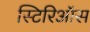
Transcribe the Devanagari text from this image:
स्टिरिऑस